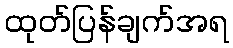
ထုတ်ပြန်ချက်အရ